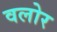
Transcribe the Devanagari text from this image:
वलोर